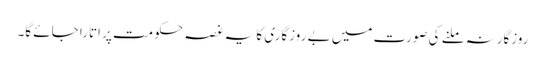
روزگارنہ ملنے کی صورت میں بے روزگاری کا یہ غصہ حکومت پر اتارا جائے گا۔